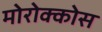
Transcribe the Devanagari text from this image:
मोरोक्कोस